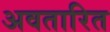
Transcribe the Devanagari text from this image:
अवतारित